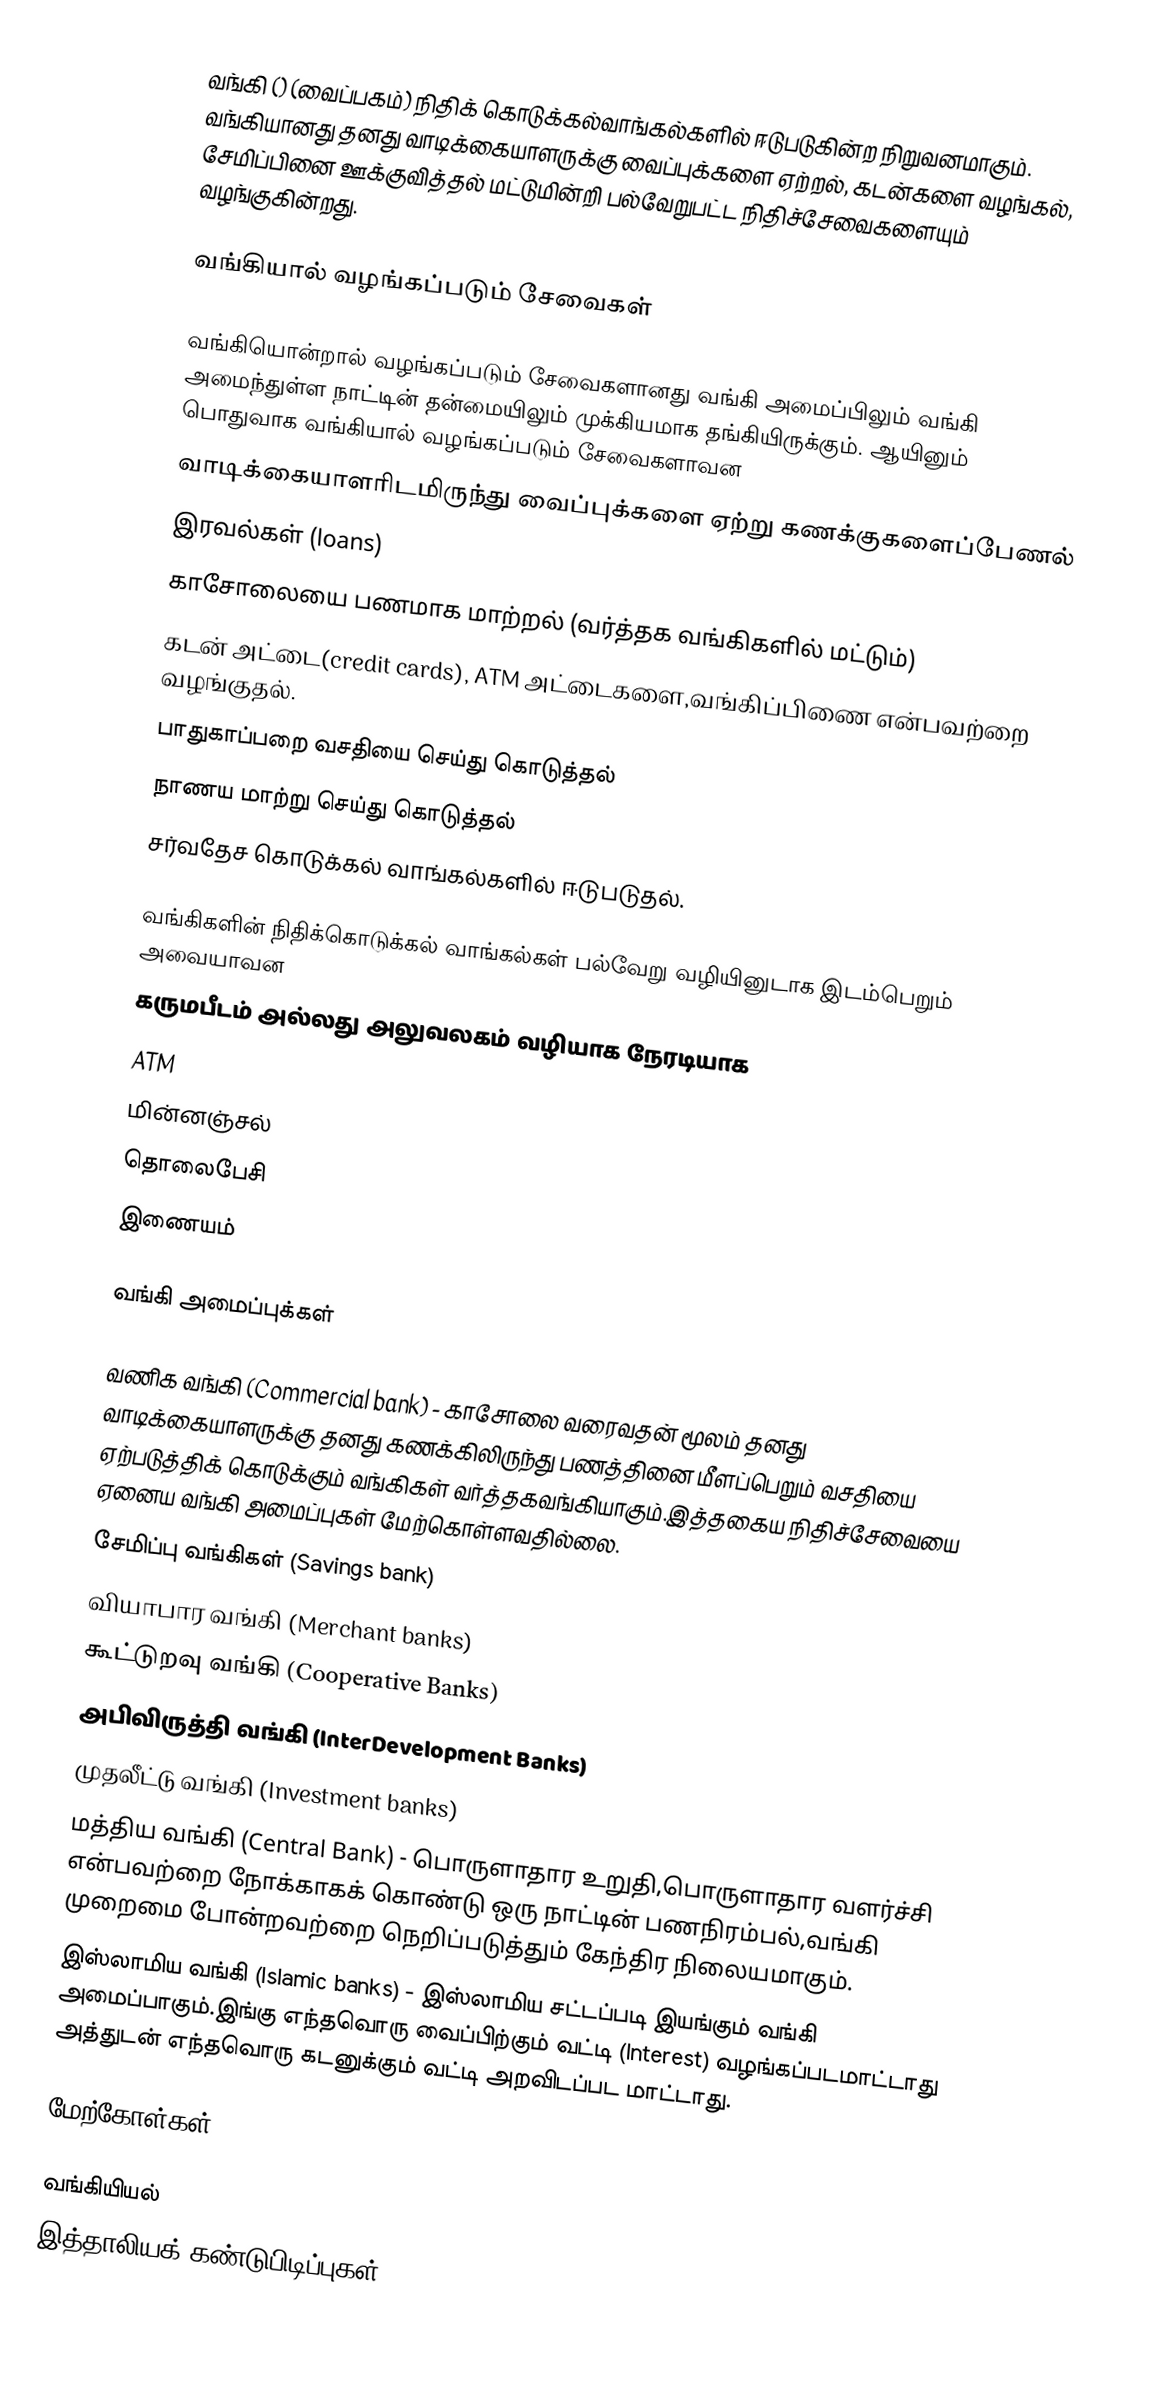
வங்கி () (வைப்பகம்) நிதிக் கொடுக்கல்வாங்கல்களில் ஈடுபடுகின்ற நிறுவனமாகும். வங்கியானது தனது வாடிக்கையாளருக்கு வைப்புக்களை ஏற்றல், கடன்களை வழங்கல், சேமிப்பினை ஊக்குவித்தல் மட்டுமின்றி பல்வேறுபட்ட நிதிச்சேவைகளையும் வழங்குகின்றது.

வங்கியால் வழங்கப்படும் சேவைகள்

வங்கியொன்றால் வழங்கப்படும் சேவைகளானது வங்கி அமைப்பிலும் வங்கி அமைந்துள்ள நாட்டின் தன்மையிலும் முக்கியமாக தங்கியிருக்கும். ஆயினும் பொதுவாக வங்கியால் வழங்கப்படும் சேவைகளாவன
 வாடிக்கையாளரிடமிருந்து வைப்புக்களை ஏற்று கணக்குகளைப்பேணல்
 இரவல்கள் (loans)
 காசோலையை பணமாக மாற்றல் (வர்த்தக வங்கிகளில் மட்டும்)
 கடன் அட்டை(credit cards), ATM அட்டைகளை,வங்கிப்பிணை என்பவற்றை வழங்குதல்.
 பாதுகாப்பறை வசதியை செய்து கொடுத்தல்
 நாணய மாற்று செய்து கொடுத்தல்
 சர்வதேச கொடுக்கல் வாங்கல்களில் ஈடுபடுதல்.

வங்கிகளின் நிதிக்கொடுக்கல் வாங்கல்கள் பல்வேறு வழியினுடாக இடம்பெறும் அவையாவன
 கருமபீடம் அல்லது அலுவலகம் வழியாக நேரடியாக
 ATM
 மின்னஞ்சல்
 தொலைபேசி
 இணையம்

வங்கி அமைப்புக்கள்

 வணிக வங்கி (Commercial bank) - காசோலை வரைவதன் மூலம் தனது வாடிக்கையாளருக்கு தனது கணக்கிலிருந்து பணத்தினை மீளப்பெறும் வசதியை ஏற்படுத்திக் கொடுக்கும் வங்கிகள் வர்த்தகவங்கியாகும்.இத்தகைய நிதிச்சேவையை ஏனைய வங்கி அமைப்புகள் மேற்கொள்ளவதில்லை.
 சேமிப்பு வங்கிகள் (Savings bank)
 வியாபார வங்கி (Merchant banks)
 கூட்டுறவு வங்கி (Cooperative Banks)
 அபிவிருத்தி வங்கி (InterDevelopment Banks)
 முதலீட்டு வங்கி (Investment banks)
 மத்திய வங்கி (Central Bank) - பொருளாதார உறுதி,பொருளாதார வளர்ச்சி என்பவற்றை நோக்காகக் கொண்டு ஒரு நாட்டின் பணநிரம்பல்,வங்கி முறைமை போன்றவற்றை நெறிப்படுத்தும் கேந்திர நிலையமாகும்.
 இஸ்லாமிய வங்கி (Islamic banks) - இஸ்லாமிய சட்டப்படி இயங்கும் வங்கி அமைப்பாகும்.இங்கு எந்தவொரு வைப்பிற்கும் வட்டி (Interest) வழங்கப்படமாட்டாது அத்துடன் எந்தவொரு கடனுக்கும் வட்டி அறவிடப்பட மாட்டாது.

மேற்கோள்கள்

வங்கியியல்
இத்தாலியக் கண்டுபிடிப்புகள்